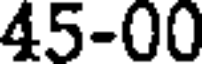
45-00